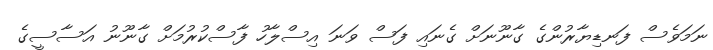
ނަމަވެސް ފަނޑިޔާރުންގެ ގާނޫނަށް ގެނައި ފަސް ވަނަ އިސްލާހު ފާސްކުރުމަށް ގާނޫނު އަސާސީގެ